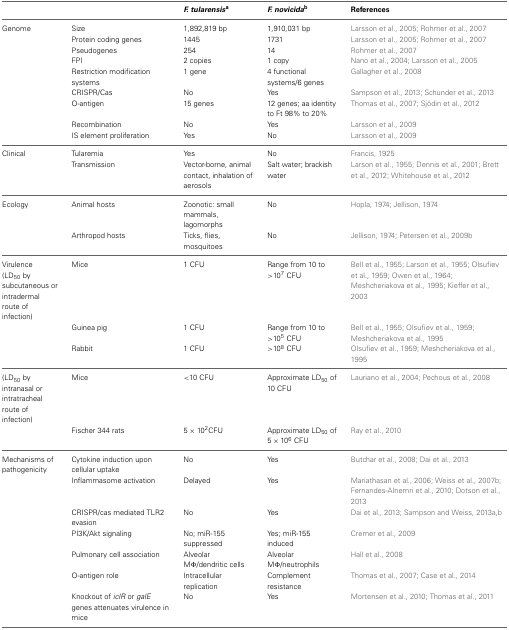
<table><thead><tr><td></td><td></td><td><b><i>F. tularensis</i><sup>a</sup></b></td><td><b><i>F. novicida</i><sup>b</sup></b></td><td><b>References</b></td></tr></thead><tbody><tr><td>Genome</td><td>Size</td><td>1,892,819 bp</td><td>1,910,031 bp</td><td>Larsson et al., 2005; Rohmer et al., 2007</td></tr><tr><td></td><td>Protein coding genes</td><td>1445</td><td>1731</td><td>Larsson et al., 2005; Rohmer et al., 2007</td></tr><tr><td></td><td>Pseudogenes</td><td>254</td><td>14</td><td>Rohmer et al., 2007</td></tr><tr><td></td><td>FPI</td><td>2 copies</td><td>1 copy</td><td>Nano et al., 2004; Larsson et al., 2005</td></tr><tr><td></td><td>Restriction modification systems</td><td>1 gene</td><td>4 functional systems/6 genes</td><td>Gallagher et al., 2008</td></tr><tr><td></td><td>CRISPR/Cas</td><td>No</td><td>Yes</td><td>Sampson et al., 2013; Schunder et al., 2013</td></tr><tr><td></td><td>O-antigen</td><td>15 genes</td><td>12 genes; aa identity to Ft 98% to 20%</td><td>Thomas et al., 2007; Sjödin et al., 2012</td></tr><tr><td></td><td>Recombination</td><td>No</td><td>Yes</td><td>Larsson et al., 2009</td></tr><tr><td></td><td>IS element proliferation</td><td>Yes</td><td>No</td><td>Larsson et al., 2009</td></tr><tr><td>Clinical</td><td>Tularemia</td><td>Yes</td><td>No</td><td>Francis, 1925</td></tr><tr><td></td><td>Transmission</td><td>Vector-borne, animal contact, inhalation of aerosols</td><td>Salt water; brackish water</td><td>Larson et al., 1955; Dennis et al., 2001; Brett et al., 2012; Whitehouse et al., 2012</td></tr><tr><td>Ecology</td><td>Animal hosts</td><td>Zoonotic: small mammals, lagomorphs</td><td>No</td><td>Hopla, 1974; Jellison, 1974</td></tr><tr><td></td><td>Arthropod hosts</td><td>Ticks, flies, mosquitoes</td><td>No</td><td>Jellison, 1974; Petersen et al., 2009b</td></tr><tr><td>Virulence (LD<sub>50</sub> by subcutaneous or intradermal route of infection)</td><td>Mice</td><td>1 CFU</td><td>Range from 10 to &gt;10<sup>7</sup> CFU</td><td>Bell et al., 1955; Larson et al., 1955; Olsufiev et al., 1959; Owen et al., 1964; Meshcheriakova et al., 1995; Kieffer et al., 2003</td></tr><tr><td></td><td>Guinea pig</td><td>1 CFU</td><td>Range from 10 to &gt;10<sup>5</sup> CFU</td><td>Bell et al., 1955; Olsufiev et al., 1959; Meshcheriakova et al., 1995</td></tr><tr><td></td><td>Rabbit</td><td>1 CFU</td><td>&gt;10<sup>8</sup> CFU</td><td>Olsufiev et al., 1959; Meshcheriakova et al., 1995</td></tr><tr><td>(LD<sub>50</sub> by intranasal or intratracheal route of infection)</td><td>Mice</td><td>&lt;10 CFU</td><td>Approximate LD<sub>50</sub> of 10 CFU</td><td>Lauriano et al., 2004; Pechous et al., 2008</td></tr><tr><td></td><td>Fischer 344 rats</td><td>5 × 10<sup>2</sup> CFU</td><td>Approximate LD<sub>50</sub> of 5 × 10<sup>6</sup> CFU</td><td>Ray et al., 2010</td></tr><tr><td>Mechanisms of pathogenicity</td><td>Cytokine induction upon cellular uptake</td><td>No</td><td>Yes</td><td>Butchar et al., 2008; Dai et al., 2013</td></tr><tr><td></td><td>Inflammasome activation</td><td>Delayed</td><td>Yes</td><td>Mariathasan et al., 2006; Weiss et al., 2007b; Fernandes-Alnemri et al., 2010; Dotson et al., 2013</td></tr><tr><td></td><td>CRISPR/cas mediated TLR2 evasion</td><td>No</td><td>Yes</td><td>Dai et al., 2013; Sampson and Weiss, 2013a,b</td></tr><tr><td></td><td>PI3K/Akt signaling</td><td>No; miR-155 suppressed</td><td>Yes; miR-155 induced</td><td>Cremer et al., 2009</td></tr><tr><td></td><td>Pulmonary cell association</td><td>Alveolar MΦ /dendritic cells</td><td>Alveolar MΦ /neutrophils</td><td>Hall et al., 2008</td></tr><tr><td></td><td>O-antigen role</td><td>Intracellular replication</td><td>Complement resistance</td><td>Thomas et al., 2007; Case et al., 2014</td></tr><tr><td></td><td>Knockout of <i>iclR</i> or <i>galE</i> genes attenuates virulence in mice</td><td>No</td><td>Yes</td><td>Mortensen et al., 2010; Thomas et al., 2011</td></tr></tbody></table>